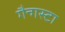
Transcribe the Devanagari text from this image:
गैन्गस्टा